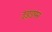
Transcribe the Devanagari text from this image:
उड़्डयन